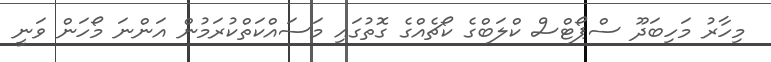
މިހާރު މަހިބަދޫ ސްޕޯޓްސް ކްލަބްގެ ކޯޗެއްގެ ގޮތުގައި މަސައްކަތްކުރަމުން އަންނަ މޯހަން ވަނީ